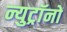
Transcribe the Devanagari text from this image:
न्युट्रॉनों